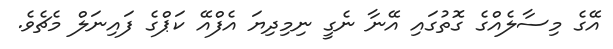
އޭގެ މިސާލެއްގެ ގޮތުގައި އޭނާ ނެގީ ނިމިދިޔަ އެފްއޭ ކަޕްގެ ފައިނަލް މެޗެވެ.